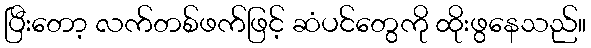
ပြီးတော့ လက်တစ်ဖက်ဖြင့် ဆံပင်တွေကို ထိုးဖွနေသည်။